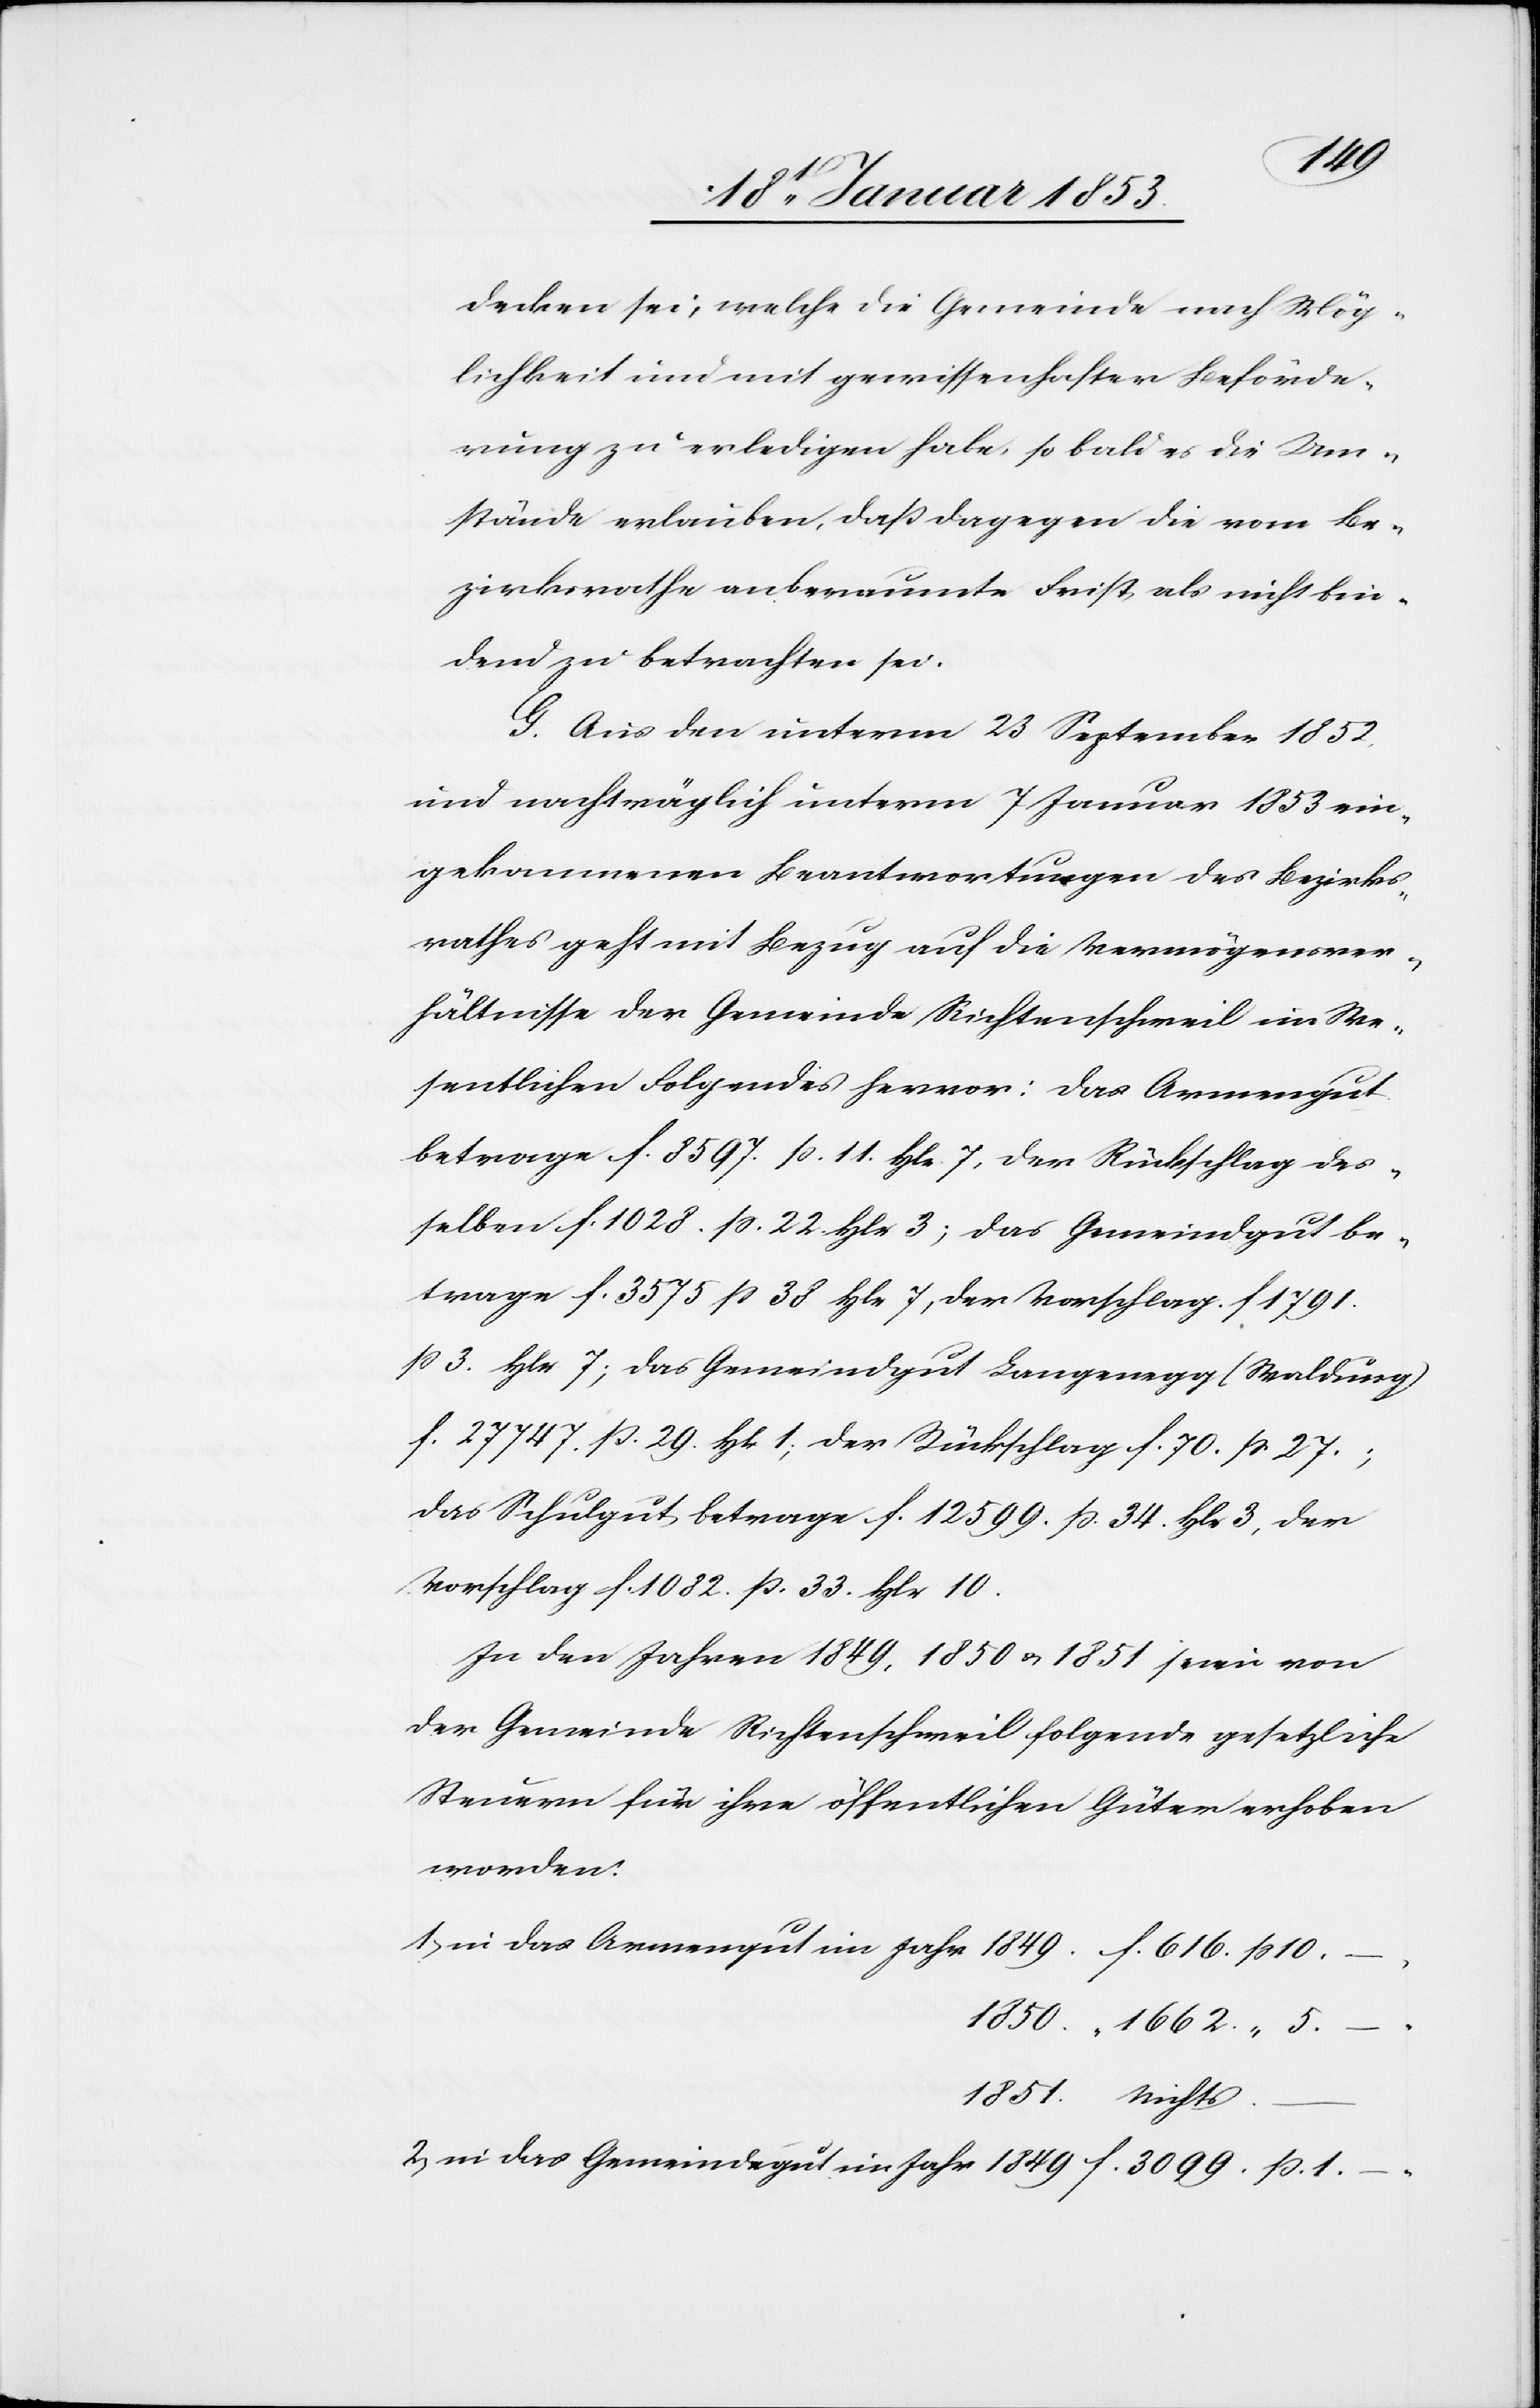
decken sei, welche die Gemeinde nach Mög¬
lichkeit und mit gewissenhafter Beförde¬
rung zu erledigen habe, sobald es die Um¬
stände erlauben, daß dagegen die vom Be¬
zirksrathe anberaumte Frist, als nicht bin¬
dend zu betrachten sei.
G. Aus den unterm 23 September 1852
und nachträglich unterm 7 Januar 1853 ein¬
gekommenen Beantwortungen des Bezirks¬
rathes geht mit Bezug auf die Vermögensver¬
hältnisse der Gemeinde Richterschweil im We¬
sentlichen Folgendes hervor: das Armengut
betrage f. 8597. ß 11. hlr. 7. der Richterschlag des¬
selben f. 1028. ß. 22. hlr. 3; das Gemeindgut be¬
trage f. 3575 ß 38 hlr. 7, der Vorschlag f. 1791.
ß 3 hlr. 7; das Gemeindgut Langenegg (Waldburg)
f. 27747. ß 29. hlr 1, der Rückschlag f. 70. ß 27.;
das Schulgut, betrage f. 12599. ß 34. hlr. 3, der
Vorschlag f. 1082. ß 33. hlr 10.
In den Jahren 1849. 1850 u. 1851 sowie von
der Gemeinde Richterschweil folgende gesetzliche
Steuern für ihre öffentlichen Güter erhoben
worden.
1, in das Armengut im Jahre 1849. f. 616. ß 10.
1850. “ 1662.“ 5.–.
1851. “ nichts
2 in das Gemeindegut im Jahr 1849 f. 3099. ß. 1.–.